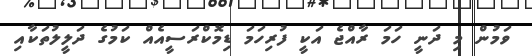
ވަމުން މި ދަނީ ހަމަ ރާއްޖެ އަކީ ފުރިހަމަ ޑިމޮކްރަސީއެއް ކަމުގެ ދަލީލުތަކާއި